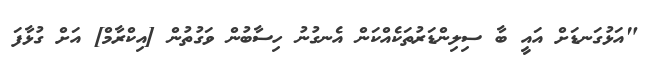
"އަޅުގަނޑަށް އައީ ބާ ސިލިންޑަރުތަކެއްކަން އެނގުނު ހިސާބުން ވަގުތުން [އިކްރާމް] އަށް ގުޅާފަ